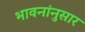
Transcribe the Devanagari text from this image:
भावनांनुसार